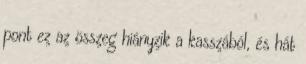
pont ez az összeg hiányzik a kasszából, és hát